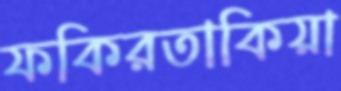
ফকিরতাকিয়া